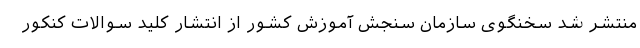
منتشر شد سخنگوی سازمان سنجش آموزش کشور از انتشار کلید سوالات کنکور